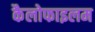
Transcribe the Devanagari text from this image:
कैलोफाइलम